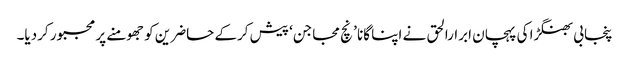
پنجابی بھنگڑا کی پہچان ابرارالحق نے اپنا گانا ’ نچ مجاجن‘ پیش کرکے حاضرین کو جھومنے پر مجبور کردیا۔